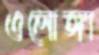
ওলোঙ্গা